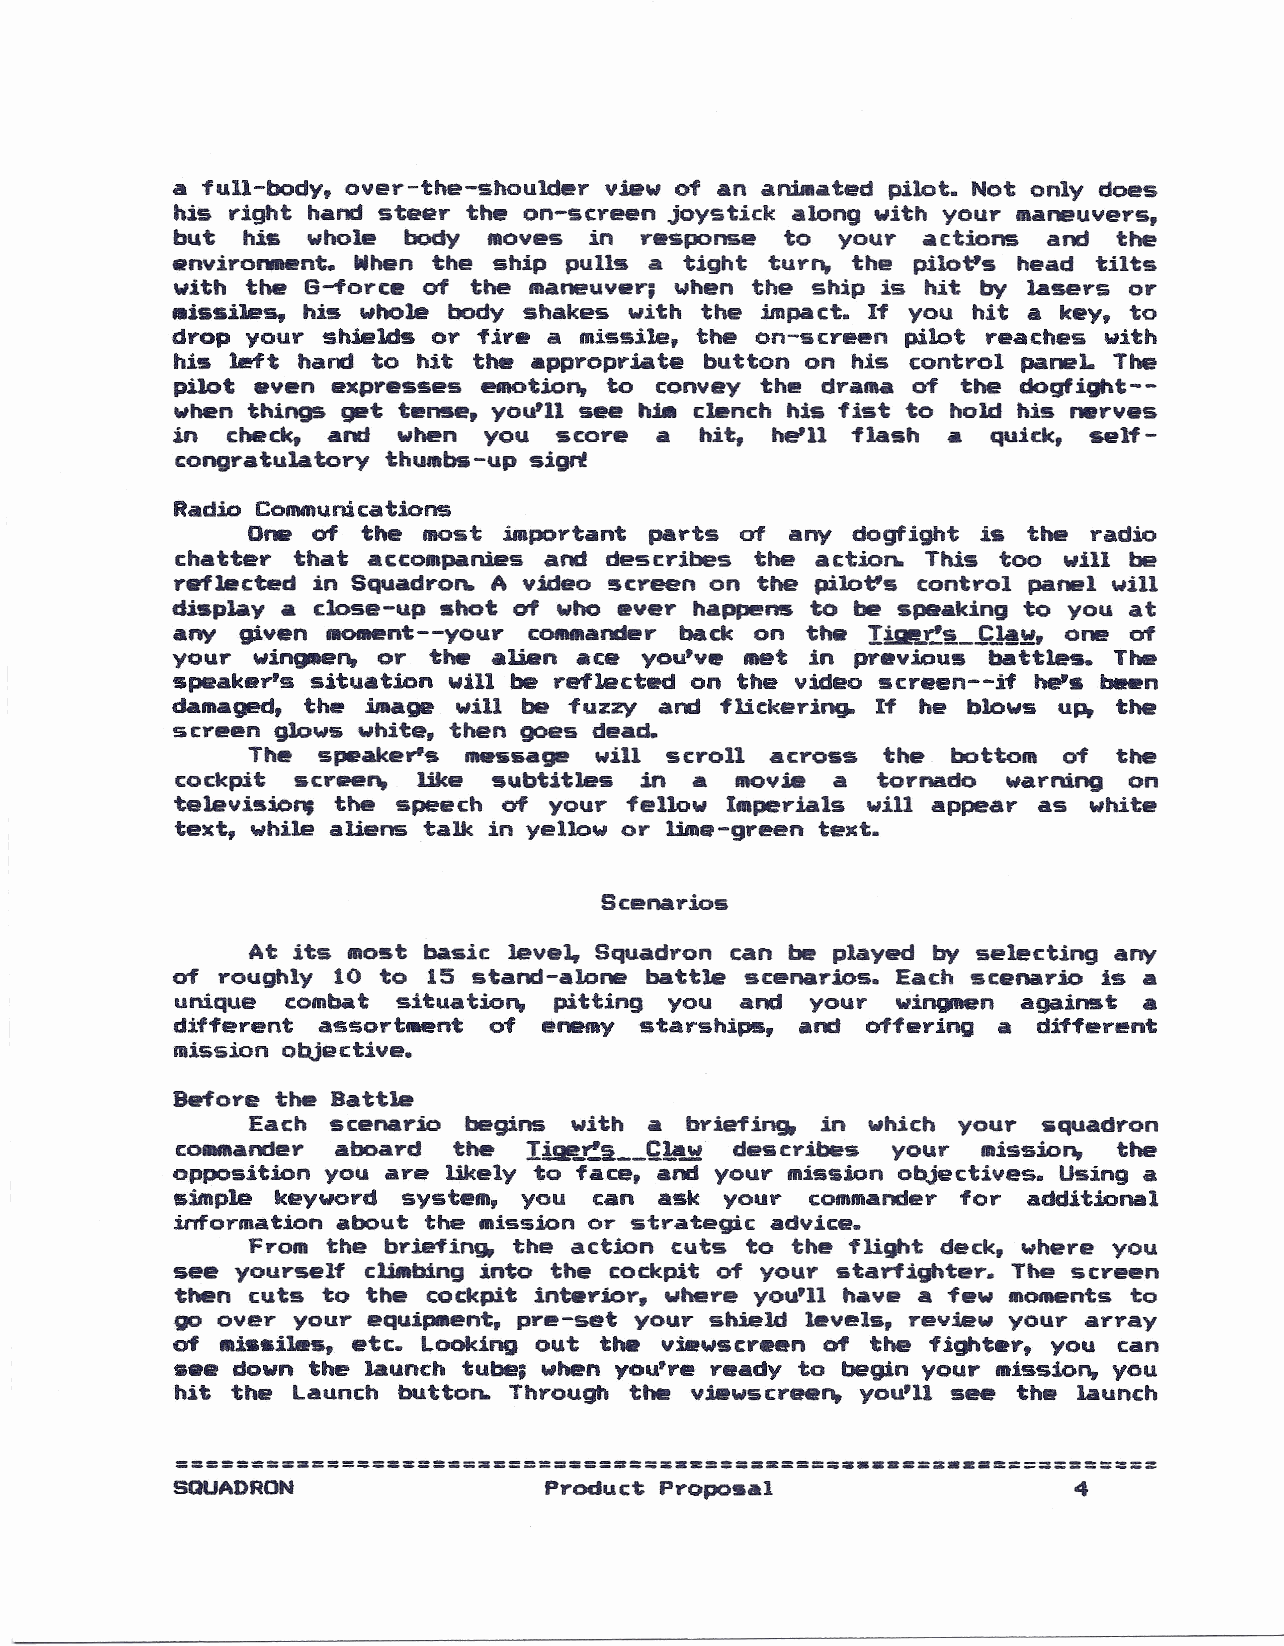
a full-body, over-the-shoulder view of an anim.atedpilot. Not only does
 his right hand steer the on-screen joystick along with your maneuvers,
 but  his whole  body moves  in response  to your  Actions and  the
 environRl!nt. Whenthe ship pulls a tight turn, the pilot's head tilts
 with the G-'force at the maneuver; when the ship is hit by lasers or
 missiles, his whole body shakes with the impact. If you hit a key, to
 drop your shields or fire a missile, the on-screen pilot reaches with
 his left hand to hit the appropriate button on his control paneL The
 pilot aven expresses emotion, to convey the drama at the dogfight--
 whenthings get tense, you'll see hia clench his fist to hold his nerves
 in  check, and wh@nyou    score a  hit, he'll flash •  quick, self-
 congratulatory thumbsi-upsign!
 0...
 Radio Communications
 at the most inlportant parts of any dogfight is the radio
 chatter that accollpaaniesand describes the actio~ This too will be
 reflected in Squadron. A video screen on the pilot's control panel will
 display A close-up shot at who ever happens to be spaaking to you at
 any  given .00000nt--your cOftURandebrack on the I!5I!f-~_~..!A.!!t,one at
 your  wingnaen,or the Alien .ace you've met in previous battles. The
 speaker's situation will be reflected on the video screen--if he's been
 damAged,the  intage will be fuzzy and flickering. If he blows up, the
 screen glows white, then goes dead.
 The  speaker's message will scroll across the  bottom of  the
 cockpit screen, like subtitles in a  moyie a  tornado  warning on
 television; the speech of your fellow Imperials will appear as white
 text, while aliens talk in yellow or lime-green text.
 Scenarios
 At its most basic level. Squadron can be played by selecting any
 of roughly 10 to 15 stand-alone battle scenarios. Each scenario is a
 unique combat situation, pitting you and  your wif19RVnagainst  a
 different assortment of  enemy starships, .and offering .a different
 mission objective.
 Before the Battle
 Each  scenario begins with A briefing, in which your squadron
 cOAlManderaboard  the  I!!pf..a __~~w describes your mission, the
 opposition you are likely to face, and your mission objectives. Using a
 simple keyword  system, you can ask  your  commanderfor  additional
 information about the mission or strategic advice.
 From  the briefing, the action cuts to the flight deck, where you
 see  yourself c~bing into the cockpit of your starfighter. The screen
 then cuts to the cockpit interior, where you'll have a few monaentsto
 go over your equipnaent,pre-set your shield leYels, review your array
 of  mi•• il.s, etc. Looking out tha viewscreltn of the fight.r, you can
 see downthe launch tube; whenyou're ready to begin your mission, you
 hit the Launch button.. Through till! Yiewscreen, you'll see the launch
 ========~===========~===========&.=========== •••===.=============
 SQUADRON                 Product Proposal                   4